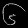
Digit: ၆